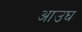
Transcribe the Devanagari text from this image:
आउघ